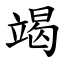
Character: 竭